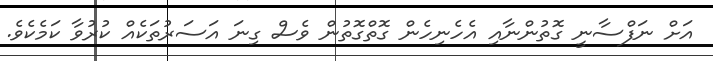
އަށް ނަފްސާނީ ގޮތުންނާއި އެހެނިހެން ގޮތްގޮތުން ވެސް ގިނަ އަސަރުތަކެއް ކުރުވާ ކަމެކެވެ.